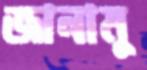
জানামু